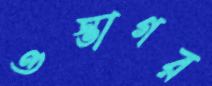
ওস্তাগর